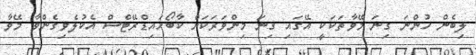
ލިބެން ހުންނަ ގިނަ މޭވާތަކަކީ އޭގައި ގިނަ މިންވަރަކަށް ކާބޯހައިޑްރޭޓްސް އެކުލެވިގެންވާ މޭވާ